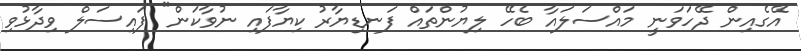
އޭގެއިން ދޭހަވަނީ މައްސަލައާ ބެހޭ ލިޔުންތައް ފަނޑިޔާރު ކިޔާފައި ނުވާކަން" ފައިސަލް ވިދާޅުވި